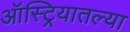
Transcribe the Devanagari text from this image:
ऑस्ट्रियातल्या